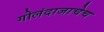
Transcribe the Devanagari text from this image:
गोलंदाजाचेच